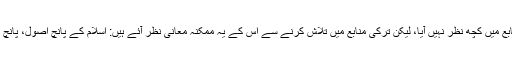
انٹرنیٹ پر فارسی منابع میں کچھ نظر نہیں آیا، لیکن تُرکی منابع میں تلاش کرنے سے اِس کے یہ مُمکنہ معانی نظر آئے ہیں: اسلام کے پانچ اُصول، پانچ نمازیں، پانچ انگُشتیں۔